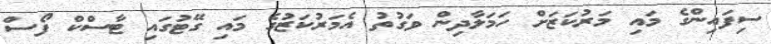
ސިފައިންގެ މައި މަރުކަޒަށް ހަމަލާދިން ވަގުތު އެމަރުކަޒުގެ މައި ގޭޓުގައި ޓާސްކް ފޯސް